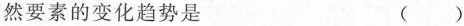
然要素的变化趋势是 ( )